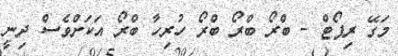
މަގޭ ރިޕޯޓް - ބްރޯ ބްރޯ ބްރޯ ހުރިހާ ބްރޯ އަކަށްވެސް ދިނީ